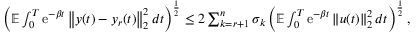
\begin{array} { r } { \left( \mathbb E \int _ { 0 } ^ { T } \operatorname { e } ^ { - \beta t } \left\| y ( t ) - y _ { r } ( t ) \right\| _ { 2 } ^ { 2 } d t \right) ^ { \frac { 1 } { 2 } } \leq 2 \sum _ { k = r + 1 } ^ { n } \sigma _ { k } \left( \mathbb E \int _ { 0 } ^ { T } \operatorname { e } ^ { - \beta t } \left\| u ( t ) \right\| _ { 2 } ^ { 2 } d t \right) ^ { \frac { 1 } { 2 } } , } \end{array}